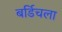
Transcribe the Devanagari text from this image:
बर्डिचला